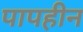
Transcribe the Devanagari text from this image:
पापहीन